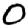
Digit: 0